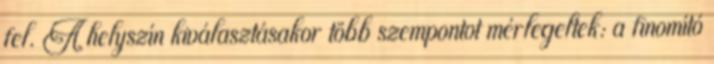
fel. A helyszín kiválasztásakor több szempontot mérlegeltek: a finomító